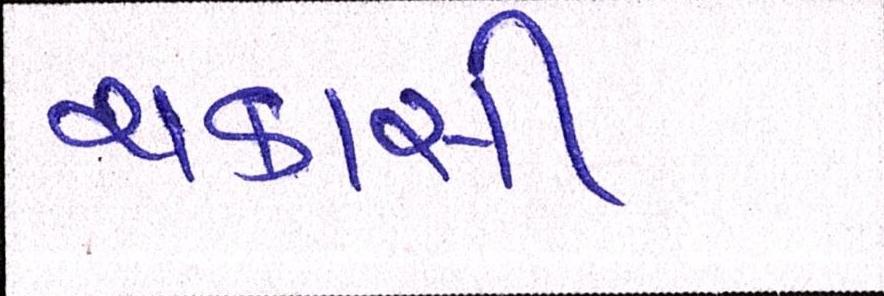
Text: ચકાસી